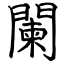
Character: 闌